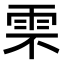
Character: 𩂆